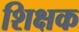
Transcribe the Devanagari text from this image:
शिक्षक